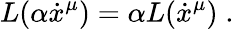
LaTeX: L(\alpha\dot{x}^{\mu})=\alpha L(\dot{x}^{\mu})\; .